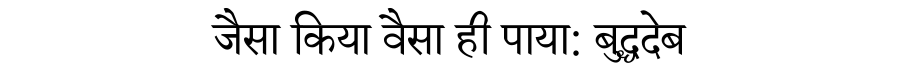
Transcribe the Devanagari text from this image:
जैसा किया वैसा ही पाया: बुद्धदेब